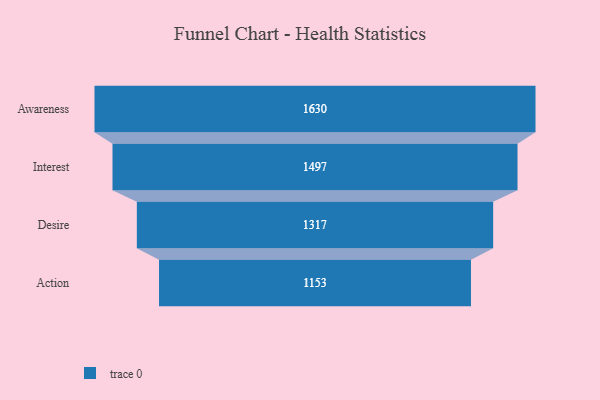
{"axis": {"x": "Stage", "y": "Value"}, "legend": [""], "data": [{"x": "Awareness", "y": 1630.0, "type": ""}, {"x": "Interest", "y": 1497.0, "type": ""}, {"x": "Desire", "y": 1317.0, "type": ""}, {"x": "Action", "y": 1153.0, "type": ""}]}